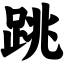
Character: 跳